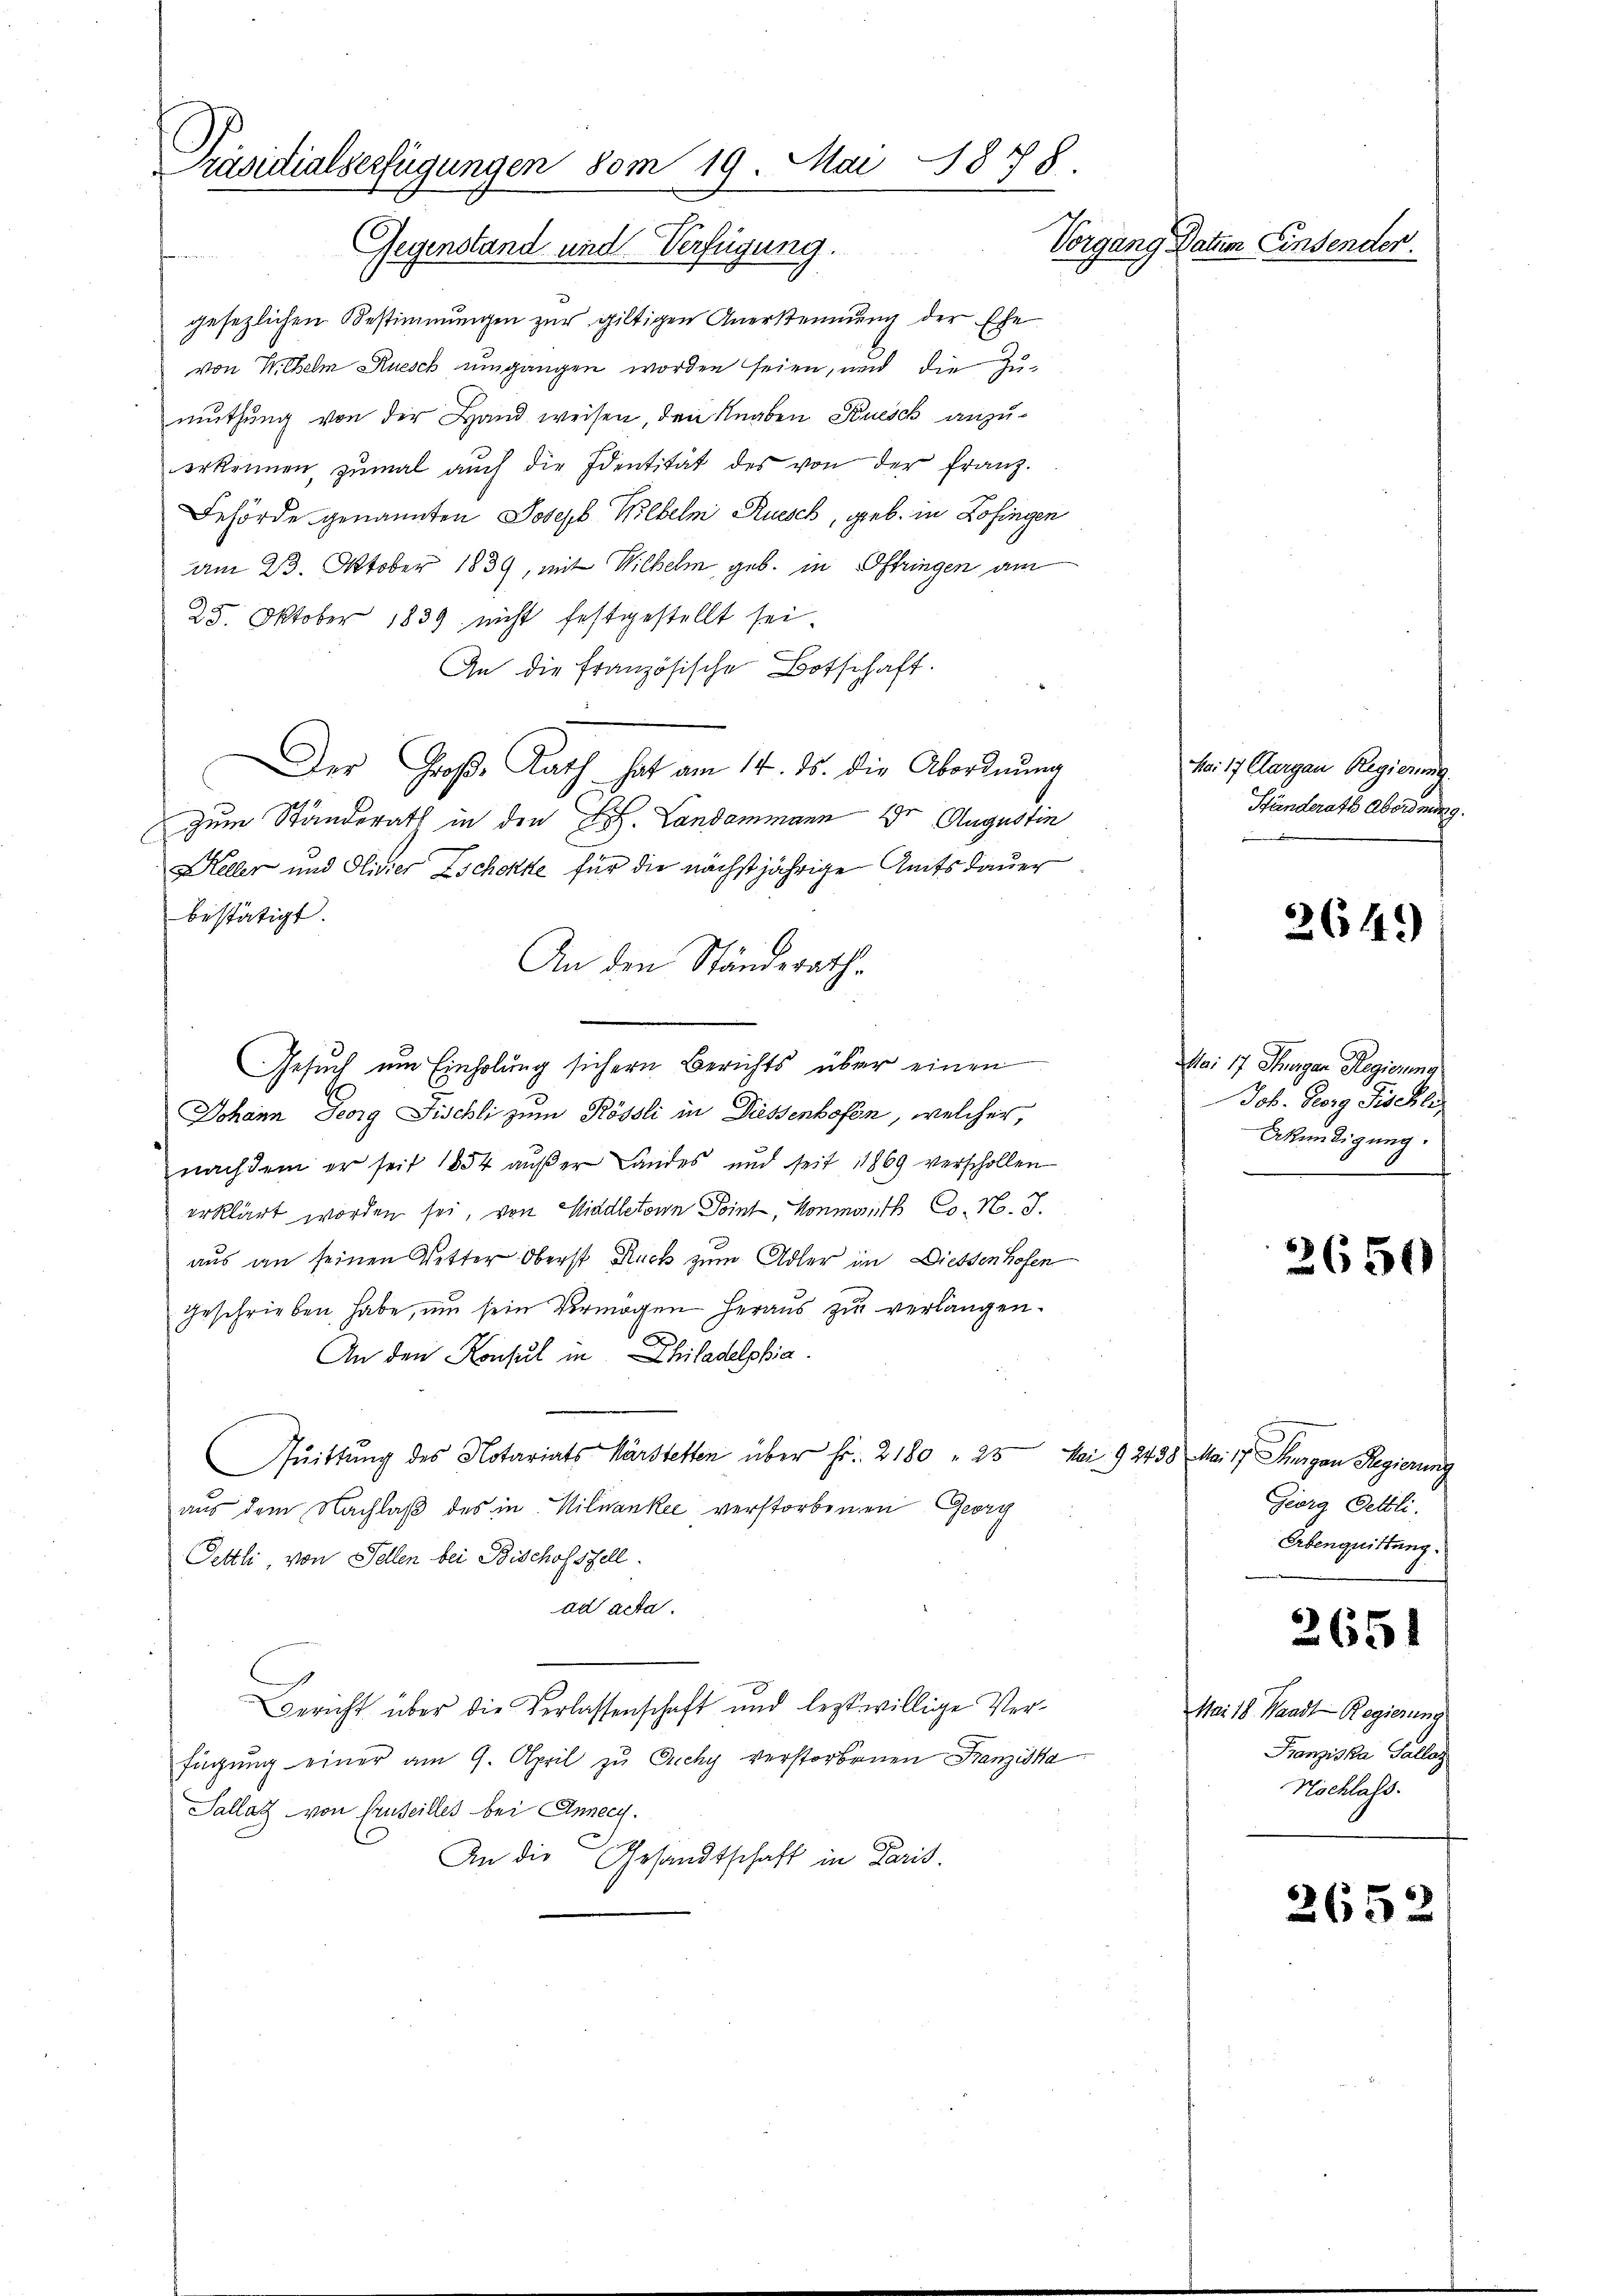
Präsidialverfügungen vom 19. Mai 1878.
Vorgang Battem Einsender.
Gegenstand und Verfügung.
ten

gesezlichen Bestimmungen zur giltigen Anerkennung der Ehe
von Wilhelm Rüesch umgangen worden seien, und die Zumuthung von der Hand weisen, den Knaben Kuesch anzuerkennen, zŭmal aŭch die Identität des von der Franz.
Behörde genannten Joseph Wilhelm Rüesch, geb. in Zofingen
am 23. Oktober 1839, mit Wilhelm, geb. in Oftringen am
25. Oktober 1839 nicht festgestellt sei.
An die französische Botschaft.
Der Große Rath hat am 14. ds. die Abordnung
zum Ständerath in den H. Landammann 1t Augustin
Keller und Olivier Zschokke für die nächstjährige Amtsdauer
bestätigt.
An den Ständerath.
Gesuch um Einholung sichern Berichts über einen
Johann Georg Fischli zum Rössli in Diessenhofen, welcher,
nach dem er seit 1854 außer Landes und seit 11869 verschollen
erklärt worden sei, von Viadletone Point, Honmaith Co. N. J.
aus an seinen Vetter Oberst Ruck zum Adler im Diessenhofen
geschrieben habe, um sein Vermögen heraus zu verlangen.
An den Konsul in Philadelphia
Quittung des Notariats Märstetten über Fr. 2180 " 23 Mai 92438 Mai 17 Thurgau Regierung
C
aus dem Nachlaβ des in Hildanke verstorbenen Georg
Pettli, von Fellen bei Bischofstell
ad acta.
Bericht über die Verlassenschaft und leztwillige Verfügung einer am 9. April zu Zichy verstorbenen Franziska
Sallat von Gruseilles bei Annecy.
An die Gesandtschaft in Paris.

ka. 17. Aargau Regierung
Ständerath Abordnung.

2649

Mai 17 Jungen Regierung
Joh. Georg Fischli
Akundigung.

2650

Georg Fettli.
Erbenquittung.

2651

Mai 18. Waadt-Regierung
Franziska Sallas
Nöchlass.

2652